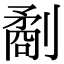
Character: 劀